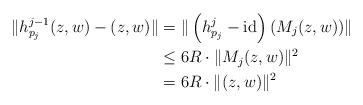
LaTeX: \begin{align*}\|h_{p_j}^{j-1}(z,w)-(z,w)\|&=\|\left(h_{p_j}^j-\textrm{id}\right)(M_j(z,w))\|\\&\leq 6R \cdot \|M_j(z,w)\|^2\\&= 6R \cdot \|(z,w)\|^2\end{align*}